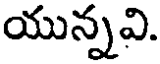
యున్నవి.